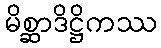
မိစ္ဆာဒိဋ္ဌိကဿ